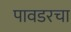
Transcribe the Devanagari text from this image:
पावडरचा